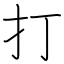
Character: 打